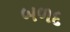
બળદ